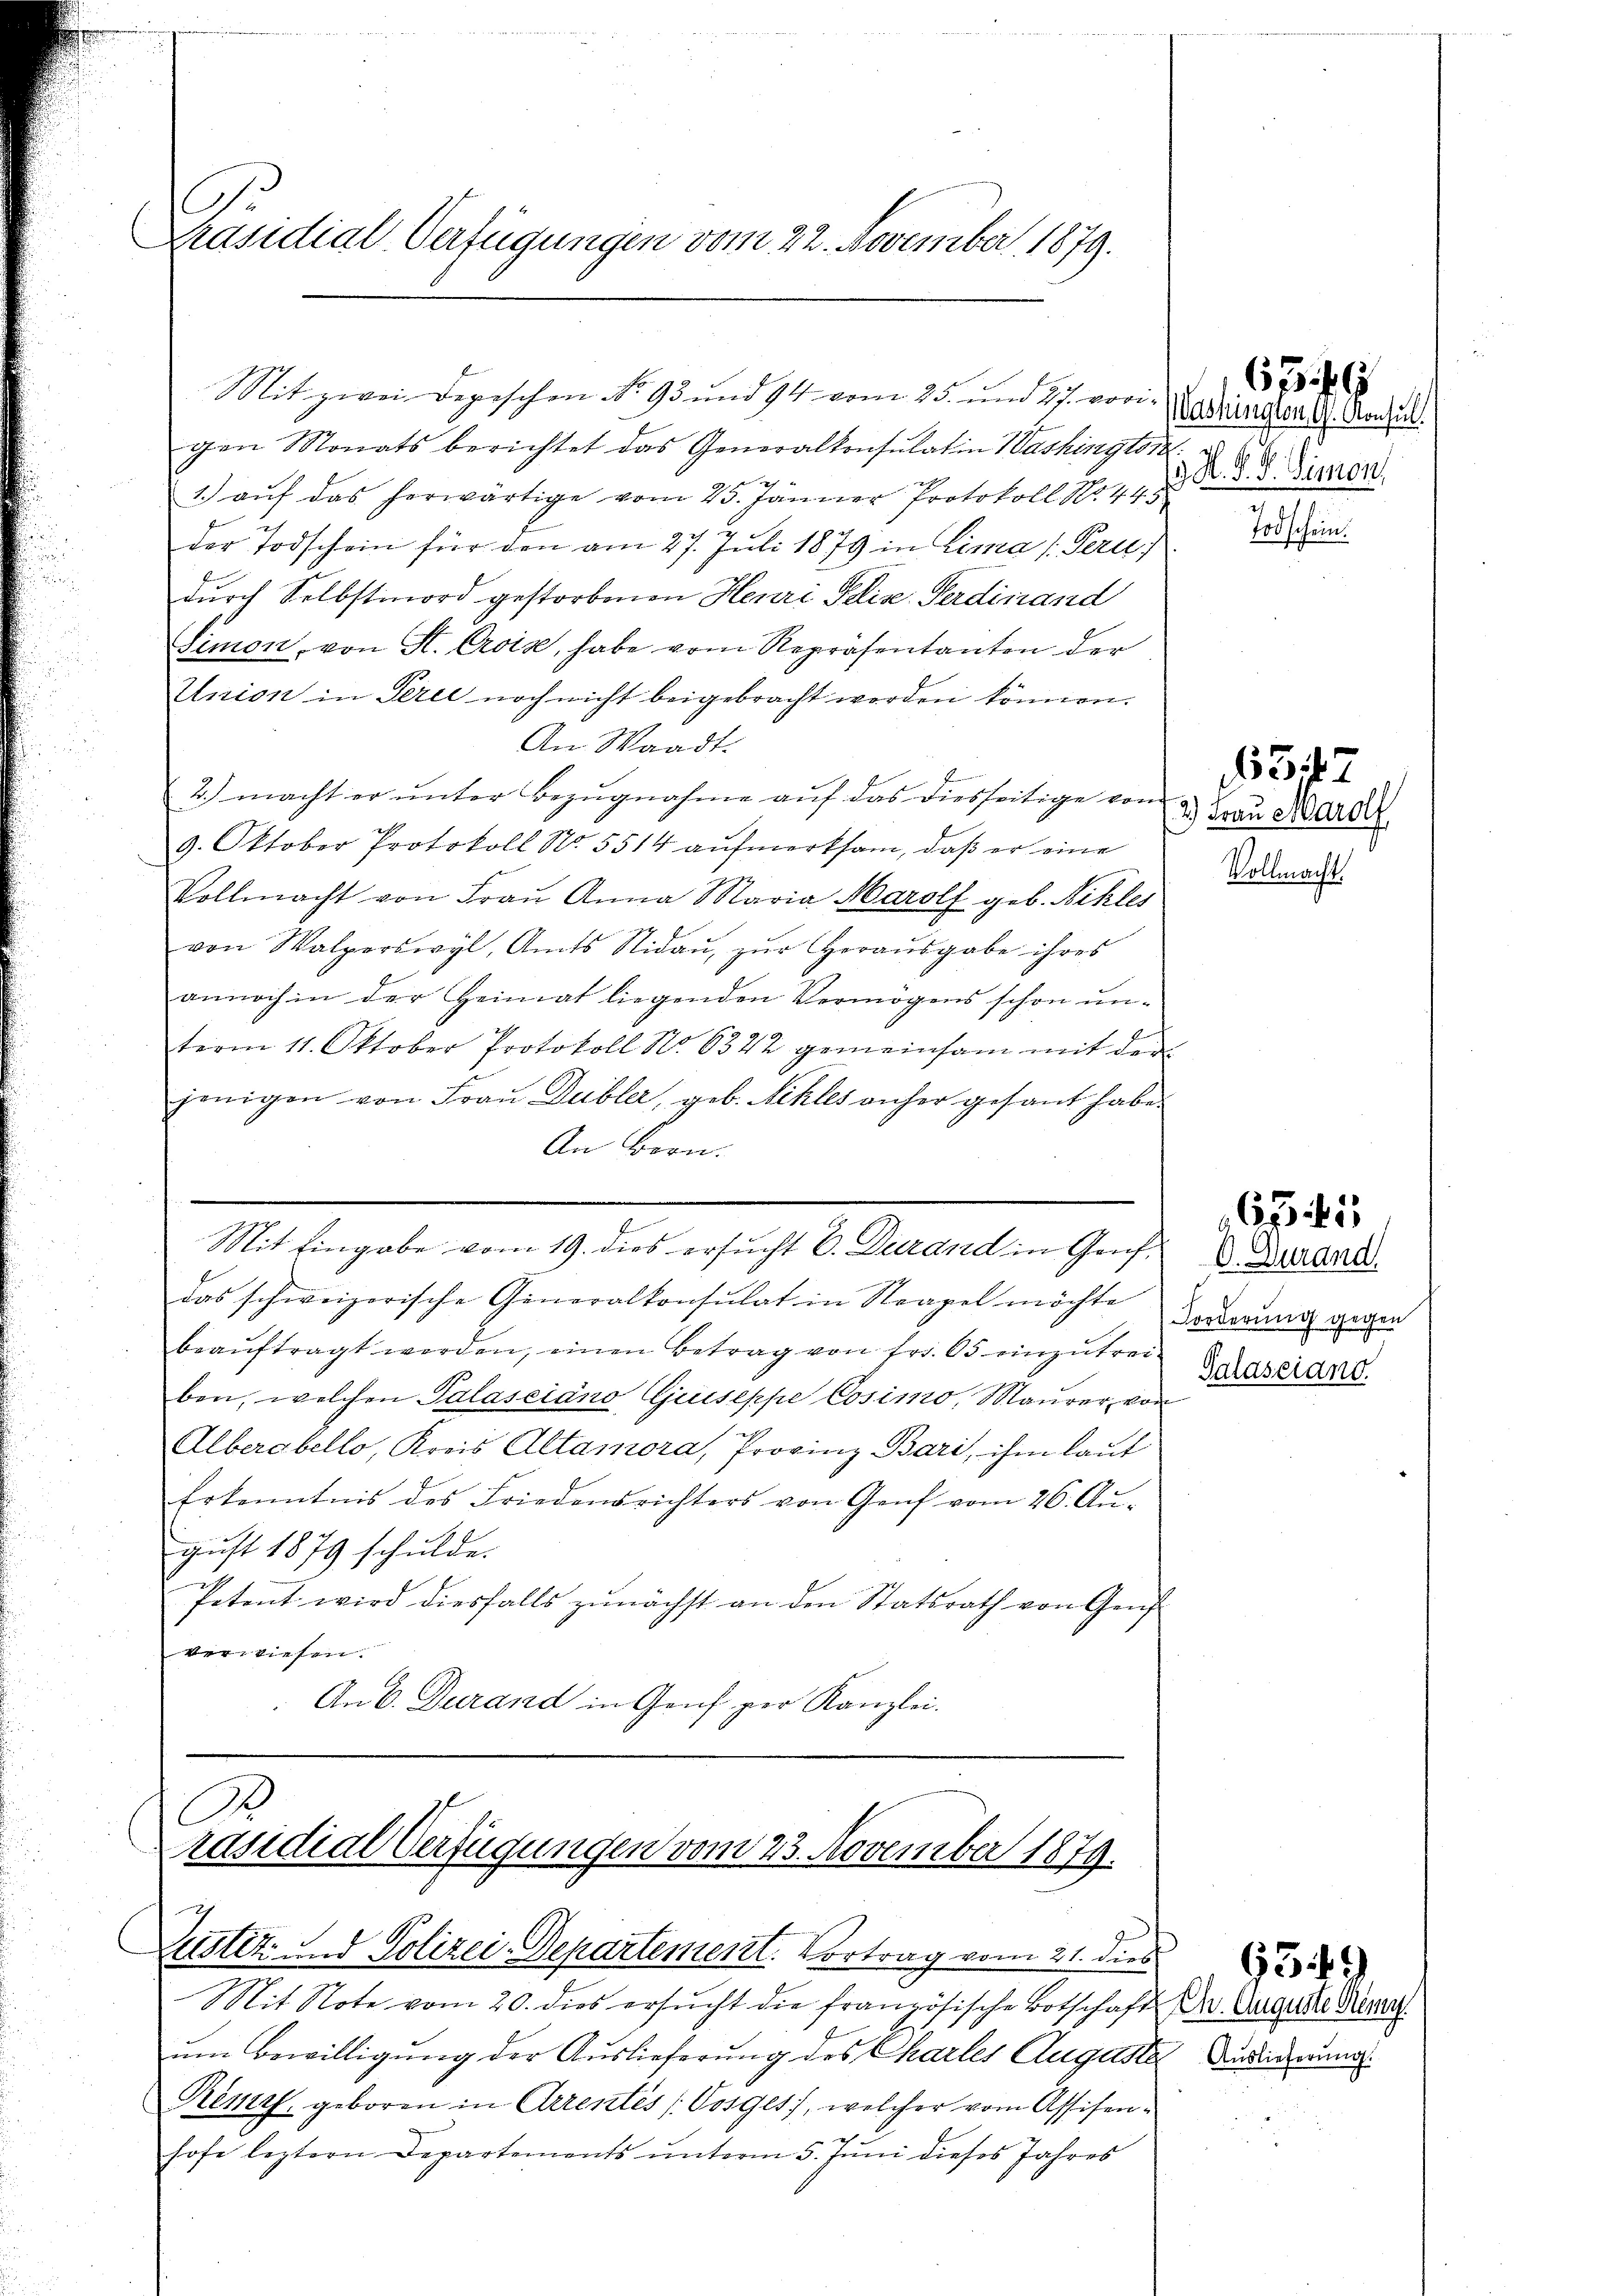
C
Präsidial-Verfügungen vom 22. November 1879.

gen Monats berichtet das Generalkonsulatin Washington
1.) auf das herwärtige vom 25. Jänner Protokoll No. 445
der Todschein für den am 27. Juli 1879 in Lima (Peru
durch Selbstmord gestorbenen Henri Pelis Ferdinand
Simon, von K. Croix, habe vom Repräsentanten der
Union in Perce noch nicht beigebracht worden können.
An Waadt.
2.) macht er unter Bezugnahme auf das diesseitige vom
9. Oktober Protokoll No. 5514 aufmerksam, daß er eine
Vollmacht von Fraŭ Anna Maria Marolf geb. Nikles
von Walperswyl, Amts Nidaŭ zŭr Heraŭsgabe ihres
annoch in der Heimat liegenden Vermögens schon un-
term 11. Oktober Protokoll No 6322 gemeinsam mit der
jenigen von Fraŭ Dubler, geb. Schles anher gesant habe.
An Bern.

Mit zwei Depeschen No. 93 und 94 vom 25. und 27. vori¬

Mit Eingabe vom 19. dies ersucht V. Durand in Graf.

das schweizerische Generalkonsulat in Strapel möchte
beaŭftragt werden, einen Betrag von fr. 65 einzŭtrei-
ben, welchen Palasciano Giuseppe Cosimo, Maurer, von
Alberobello, Kreis Altamora, Provinz Bari, ihm lauf
Erkenntnis des Friedensrichters von Genf vom 26. Aŭ-
gust 1879 schulde.
Petent wird diesfalls zunächst an den Statsrath von Genf
verwiesen.
An 6. Darand in Genf per Kanzlei.

A
räsidial-Verfügungen vom 23. November 1879.
Justiz- und Polizei-Departement. Vortrag vom 21. dies

Vashington G. Konsul
 K. K. A. Simon,

Mit Note vom 20. dies ersŭcht die französische Botschaft Dr. Auguste Perce
um Bewilligung der Auslieferung des Chartes Auguste
Remys, geboren in Arrentés / Vorges, welcher vom Assisenhofe leztern Departements unterm 5. Juni dieses Jahres

6349

Todschein.

(3.) Frau Marol

5

Vollmacht.

O. Durand
Forderung gegen
Galasciand.

665. 15

Auslieferung.